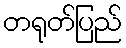
တရုတ်ပြည်